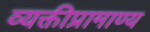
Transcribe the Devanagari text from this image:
व्यक्तीप्रामाण्य